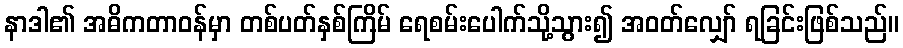
နာဒါ၏ အဓိကတာဝန်မှာ တစ်ပတ်နှစ်ကြိမ် ရေစမ်းပေါက်သို့သွား၍ အဝတ်လျှော် ရခြင်းဖြစ်သည်။